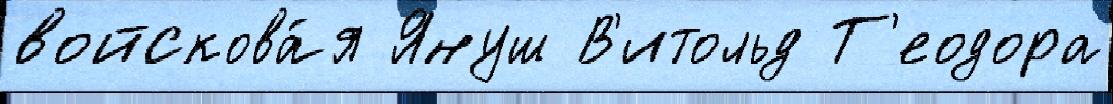
войскова́я Януш В'итольд Т'еодора